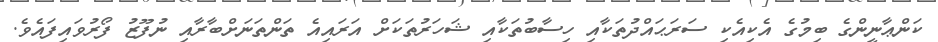
ކަންޢާނީންގެ ބިމުގެ އެކިއެކި ސަރަޙައްދުތަކާއި ހިސާބުތަކާއި ޝަހަރުތަކަށް އަރައިއެ ތަންތަނަށްބާރާއި ނުފޫޒު ފޯރުވައިފައެވެ.